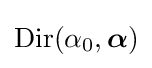
\operatorname {Dir} (\alpha _{0},{\boldsymbol {\alpha }})